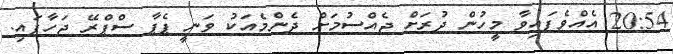
20:54 އެއްވެފައިވާ މީހުން ދުރަށް ޖެއްސުމަށް ދެންމެއަކު ވަނީ ޕެޕާ ސްޕްރޭ ޖަހާފައި.